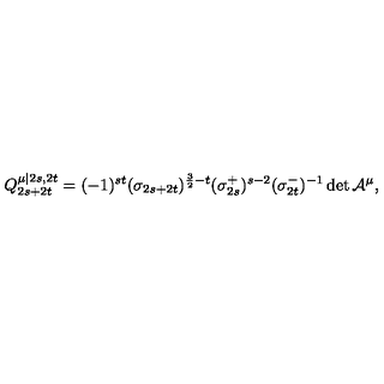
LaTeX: Q _ { 2 s + 2 t } ^ { \mu | 2 s , 2 t } = ( - 1 ) ^ { s t } ( \sigma _ { 2 s + 2 t } ) ^ { \frac { 3 } { 2 } - t } ( \sigma _ { 2 s } ^ { + } ) ^ { s - 2 } ( \sigma _ { 2 t } ^ { - } ) ^ { - 1 } \det \mathcal { A } ^ { \mu } \mathcal { } ,